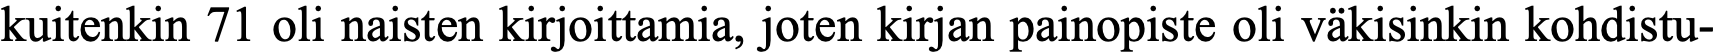
kuitenkin 71 oli naisten kirjoittamia, joten kirjan painopiste oli väkisinkin kohdistu-